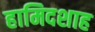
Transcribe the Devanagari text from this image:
हामिदशाह